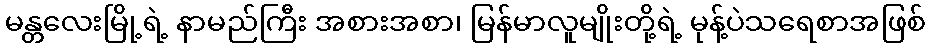
မန္တလေးမြို့ရဲ့ နာမည်ကြီး အစားအစာ၊ မြန်မာလူမျိုးတို့ရဲ့ မုန့်ပဲသရေစာအဖြစ်